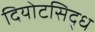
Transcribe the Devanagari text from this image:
दियोटसिद्ध